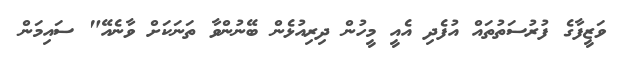
ވަޒީފާގެ ފުރުސަތުތައް އުފެދި އެއީ މީހުން ދިރިއުޅެން ބޭނުންވާ ތަނަކަށް ވާނެއޭ" ސައިމަން